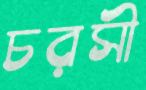
চরসী